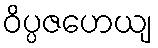
ဝိပ္ပဇဟေယျ